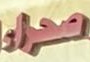
صحراء